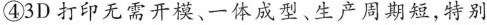
④3D打印无需开模、一体成型、生产周期短,特别